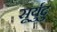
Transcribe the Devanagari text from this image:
सूर्युदु